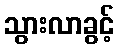
သွားလာခွင့်